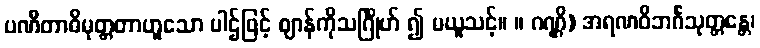
ပဏီတာဓိမုတ္တတာဟူသော ပါဌ်ဖြင့် ဈာန်ကိုသင်္ဂြိုဟ် ၍ မယူသင့်။ ။ ဂဏ္ဌိ) အရဏဝိဘင်္ဂသုတ္တန္တေ၊